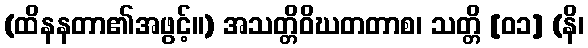
(ထိနနတာ၏အဖွင့်။) အသတ္တိဝိဃတတာစ၊ သတ္တိ [၀၁] (နိ၊